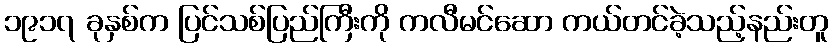
၁၉၁၇ ခုနှစ်က ပြင်သစ်ပြည်ကြီးကို ကလီမင်ဆော ကယ်တင်ခဲ့သည့်နည်းတူ